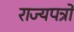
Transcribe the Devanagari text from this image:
राज्यपत्रों